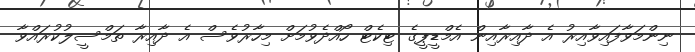
ނިންމަވާފައިވާއިރު އެ ދާއިރާއިން އެމްޑީޕީގެ ޓިކެޓް ހޯއްދެވުމަށް މިހާރުވެސް އެ ދާއިރާ ތަމްސީލުކުރައްވާ